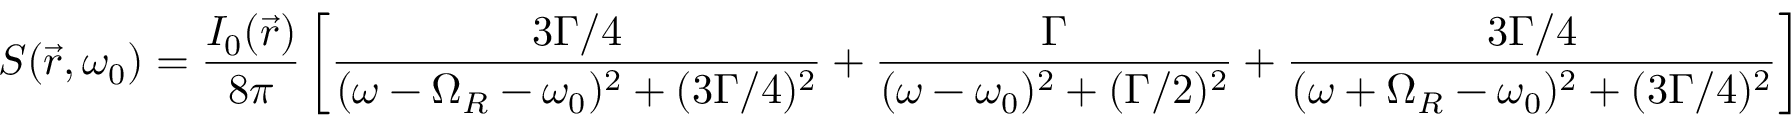
S ( { \vec { r } } , \omega _ { 0 } ) = { \frac { I _ { 0 } ( { \vec { r } } ) } { 8 \pi } } \left[ { \frac { 3 \Gamma / 4 } { ( \omega - \Omega _ { R } - \omega _ { 0 } ) ^ { 2 } + ( 3 \Gamma / 4 ) ^ { 2 } } } + { \frac { \Gamma } { ( \omega - \omega _ { 0 } ) ^ { 2 } + ( \Gamma / 2 ) ^ { 2 } } } + { \frac { 3 \Gamma / 4 } { ( \omega + \Omega _ { R } - \omega _ { 0 } ) ^ { 2 } + ( 3 \Gamma / 4 ) ^ { 2 } } } \right]